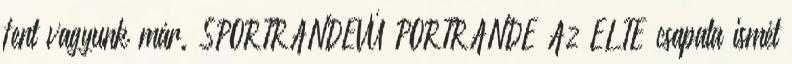
fent vagyunk már. SPORTRANDEVÚ PORTRANDE Az ELTE csapata ismét